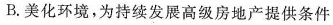
B.美化环境，为持续发展高级房地产提供条件